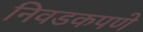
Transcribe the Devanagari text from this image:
निवडकपणे